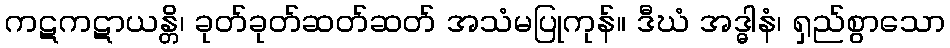
ကဋကဋာယန္တိ၊ ခုတ်ခုတ်ဆတ်ဆတ် အသံမပြုကုန်။ ဒီဃံ အဒ္ဓါနံ၊ ရှည်စွာသော